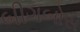
બીગબોસ